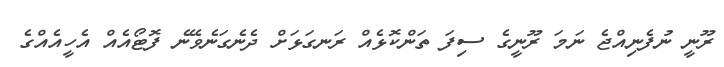
ރޫނީ ނުފެނިއްޖެ ނަމަ ރޫނީގެ ސިފަ ތަންކޮޅެއް ރަނގަޅަށް ދެނެގަނެވޭނެ ފޮޓޯއެއް އެހީއެއްގެ